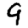
Digit: 9